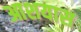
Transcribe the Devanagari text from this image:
आशयास